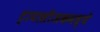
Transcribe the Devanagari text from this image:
ट्रायासीअकमध्ये